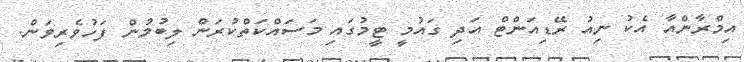
އިމްރާންއާ އެކު ނިއު ރޭޑިއަންޓް އަދި ގައުމީ ޓީމުގައި މަސައްކަތްކުރަން ލިބުމުން ފަހުވެރިވަން.